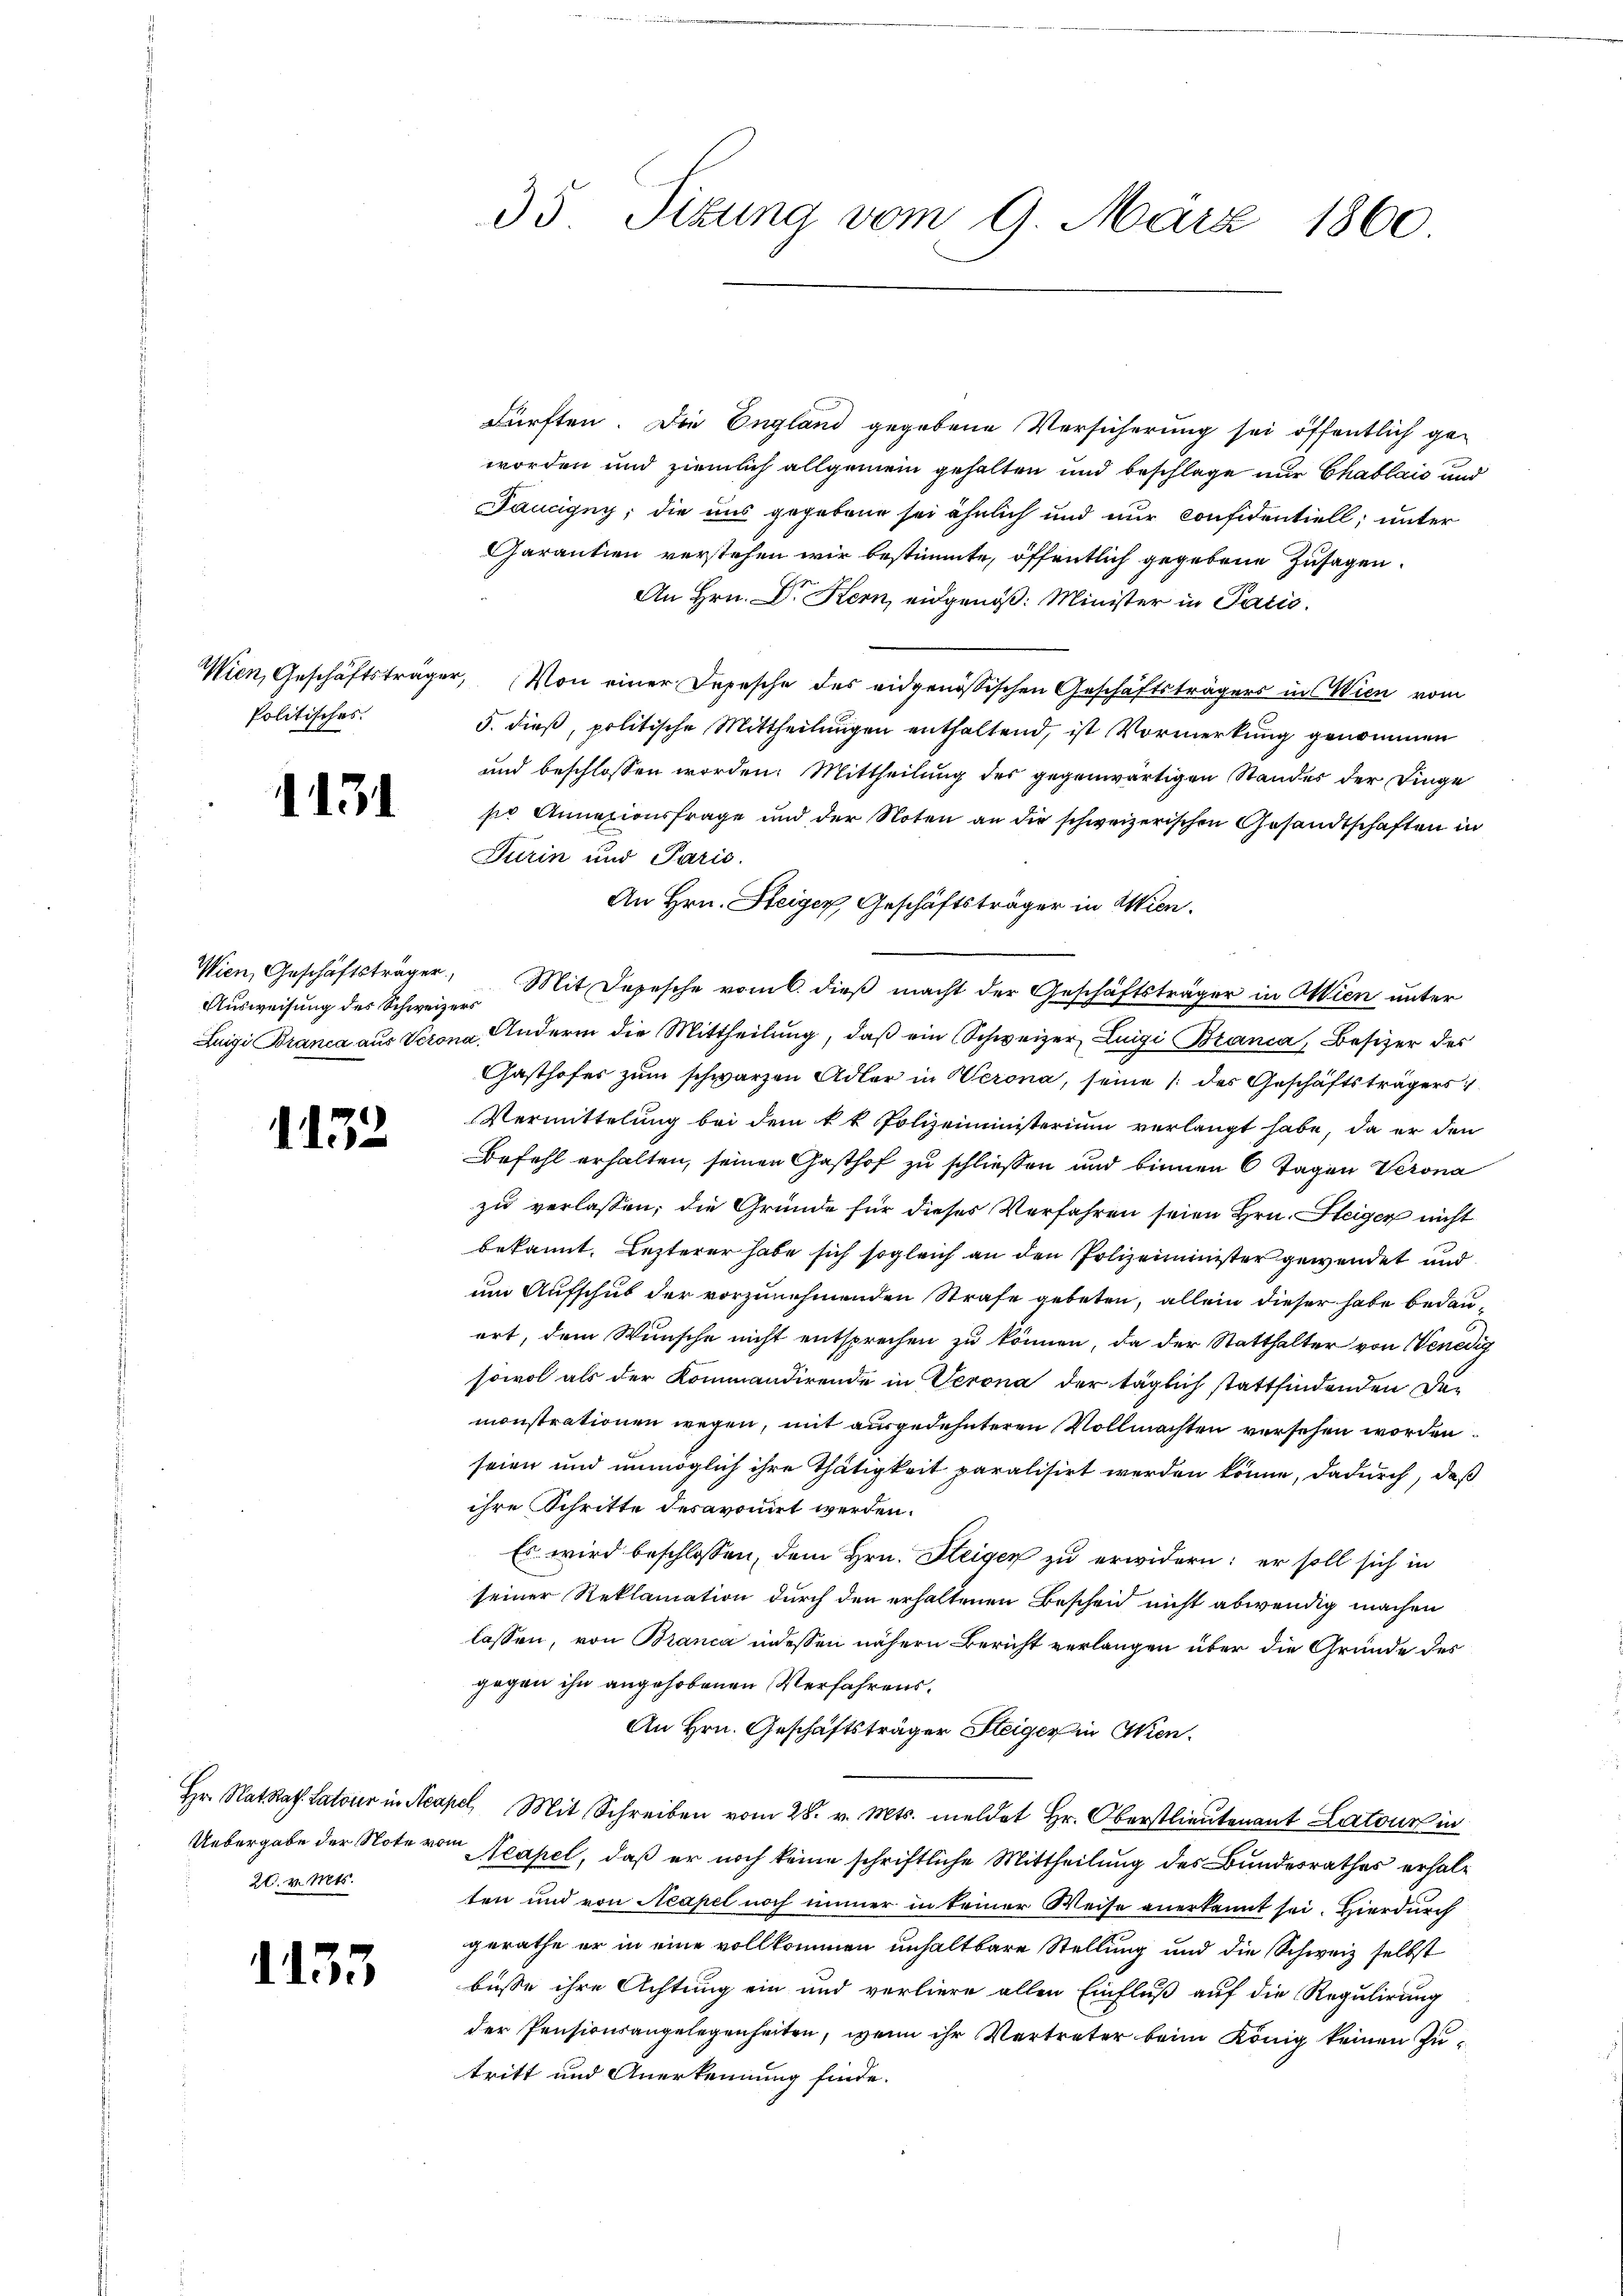
Politisches.

1131

Ausweisung des Schweizers

1132

Hr. Rat Rat. Latoler in Ner
20. v. Mts.

1133

35 Sizung vom 9. März 1860

dürften. Die England gegebene Versicherung sei öffentlich ge-
worden und ziemlich allgemein gehalten und beschlage nur Chablais und
Taucigny, die uns gegebene sei ähnlich und nur confidentiell; unter
Garantien verstehen wir bestimmte, öffentlich gegebene Zusagen.
An Hrn. Dr. Kern eidgenöß: Minister in Paris.
Wien, Geschäftsträger, (Von einer Depesche des eidgenössischen Geschäftsträgers in Wien vom
5. dieß, politische Mittheilungen enthaltend, ist Vormerkung genommen
und beschlossen worden. Mittheilung des gegenwärtigen Standes der Dinge
so Annazionsfrage und der Noten an die schweizerischen Gesandtschaften in
Turin und Paris.
An Hrn. Steiger, Geschäftsträger in Wien.
Wien, Geschäftsträger Mit Depesche vom 6. dieβ macht der Geschäftsträger in Wien unter
Luigi Branca aus Verona Andern die Mittheilung, daß ein Schweizer Luigi Bianca, Besizer des
Gasthofes zum schwarzen Adler in Verona, seine /: des Geschäftsträgers
Vermittelung bei dem k. k. Polizeiministerium verlangt habe, da er den
Befehl erhalten, seinen Gasthof zu schließen und binnen 6 Tagen Verona
zu verlassen, die Gründe für dieses Verfahren seien Hrn. Steiger nicht
bekannt. Lezterer habe sich sogleich an den Polizeiminister gewendet und
um Aufschub der vorzunehmenden Strafe gebeten, allein dieser habe bedauort, dem Wunsche nicht entsprechen zu können, da der Statthalter von Venedig
sowol als der Kommandirende in Verona der täglich stattfindenden Demonstrationen wegen, mit ausgedehnteren Vollmachten versehen worden.
seien und unmöglich ihre Thätigkeit paralisirt werden könne, dadurch, daß
ihre Schritte desavouirt werden.
Es wird beschlossen, dem Hrn. Steiger zu erwidern: er soll sich in
seiner Reklamation durch den erhaltenen Bescheid nicht abwendig machen
lassen, von Branca indessen nähern Bericht verlangen über die Gründe des
gegen ihn angehobenen Verfahrens¬
An Hrn. Geschäftsträger Steiger in Wien.
apel, Mit Schreiben vom 28. v. Mts. meldet Hr. Oberstlieutenant Latour in
Uebergabe der Note von Neapel, daß er noch keine schriftliche Mittheilung des Bundesrathes erhalten und von Neapel noch immer in keiner Weise anerkannt sei. Hierdurch
gerathe er in eine vollkommen unhaltbare Stellung und die Schweiz selbst
büsse ihre Achtung ein und verliere allen Einfluß auf die Regulirung
der Pensionsangelegenheiten, wenn ihr Vertreter beim König keinen Zutritt und Anerkennung finde.